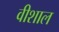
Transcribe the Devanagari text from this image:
वीशाल